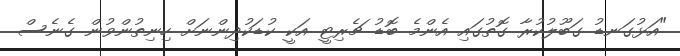
"އަޅުގަނޑު ގަބޫލުކުރާ ގޮތުގައި އެންމެ ބޮޑު ޗެރިޓީ އަކީ ކުޑަކުދިންނަށް ހިނިތުންވުން ގެނެސް